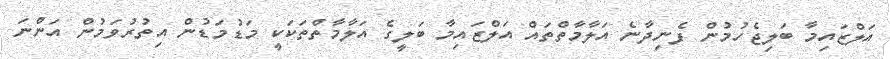
އަލްޒައިމާ ބަލިޖެހުމުން ފެނިދާނެ އަލާމާތްތައް އަލްޒައިމާ ބަލީގެ އަލާމާތްތަކަކީ މަޑުމަޑުން އިތުރުވަމުން އަންނަ